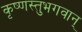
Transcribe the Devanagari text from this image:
कृष्णस्तुभगवान्